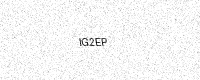
Text: IG2EP